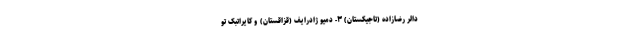
دالر رضازاده (تاجیکستان) ۳- دمیو ژادرایف (قزاقستان) و کایراتبک تو